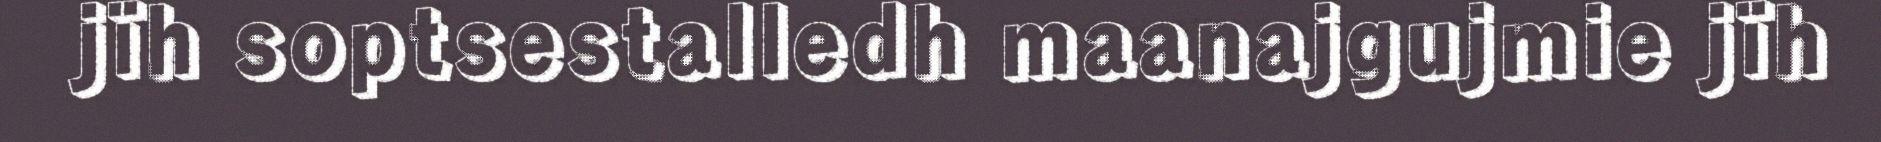
jïh soptsestalledh maanajgujmie jïh